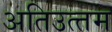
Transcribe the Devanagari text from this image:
अतिउत्‍तम